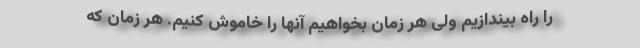
را راه بیندازیم ولی هر زمان بخواهیم آنها را خاموش کنیم. هر زمان که